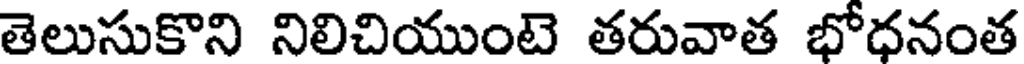
తెలుసుకొని నిలిచియుంటె తరువాత భోధనంత